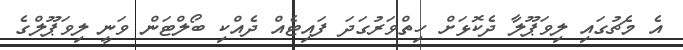
އެ މެޗުގައި ލިވަޕޫލާ ދެކޮޅަށް ހިތްވަރުގަދަ ފައިޓެއް ދެއްކި ބޯލްޓަން ވަނީ ލިވަޕޫލްގެ